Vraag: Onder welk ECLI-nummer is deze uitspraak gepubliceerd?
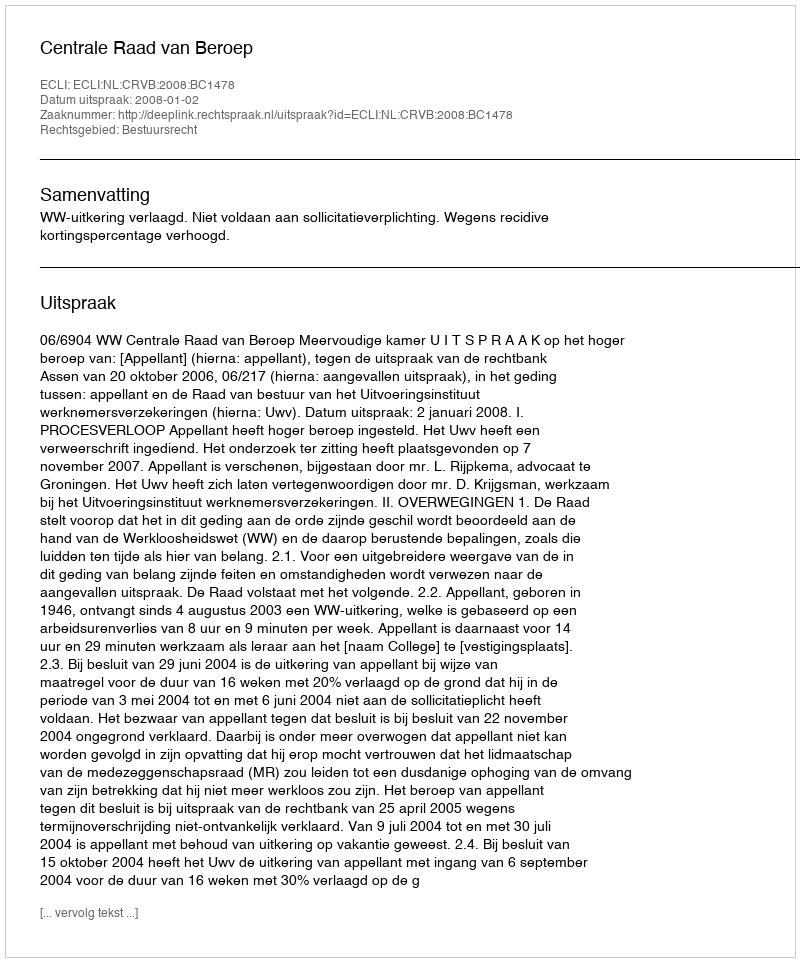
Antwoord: ECLI:NL:CRVB:2008:BC1478